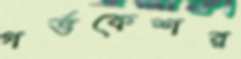
গর্ভকেশর